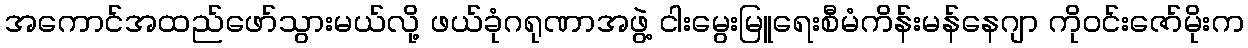
အကောင်အထည်ဖော်သွားမယ်လို့ ဖယ်ခုံဂရုဏာအဖွဲ့ ငါးမွေးမြူရေးစီမံကိန်းမန်နေဂျာ ကိုဝင်းဇော်မိုးက